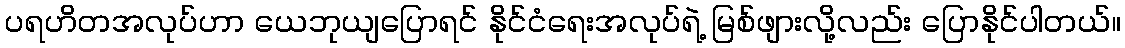
ပရဟိတအလုပ်ဟာ ယေဘုယျပြောရင် နိုင်ငံရေးအလုပ်ရဲ့ မြစ်ဖျားလို့လည်း ပြောနိုင်ပါတယ်။